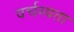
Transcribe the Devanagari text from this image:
वर्चस्वता